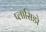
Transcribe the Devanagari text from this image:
प्लासिडो